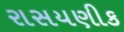
રાસયણીક